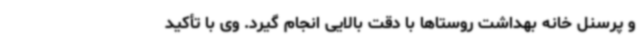
و پرسنل خانه بهداشت روستاها با دقت بالایی انجام گیرد. وی با تأکید